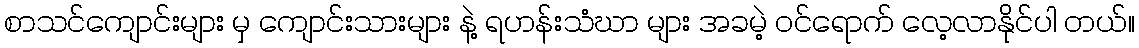
စာသင်ကျောင်းများ မှ ကျောင်းသားများ နဲ့ ရဟန်းသံဃာ များ အခမဲ့ ဝင်ရောက် လေ့လာနိုင်ပါ တယ်။